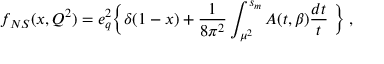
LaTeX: f _ { N S } ( x , Q ^ { 2 } ) = e _ { q } ^ { 2 } \Bigl \{ \delta ( 1 - x ) + \frac { 1 } { 8 \pi ^ { 2 } } \int _ { \mu ^ { 2 } } ^ { s _ { m } } A ( t , \beta ) \frac { d t } { t } \; \Bigr \} \; ,